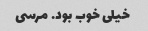
خیلی خوب بود. مرسی